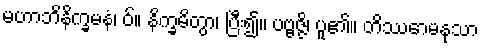
မဟာဘိနိက္ခမနံ၊ ဝ်။ နိက္ခမိတွာ၊ ပြီး၍။ ပဗ္ဗဇ္ဇိ၊ ပူ၏။ တိဿောမနုသာ